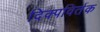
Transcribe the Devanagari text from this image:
दिक्पविर्तक